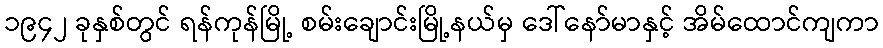
၁၉၄၂ ခုနှစ်တွင် ရန်ကုန်မြို့ စမ်းချောင်းမြို့နယ်မှ ဒေါ်နော်မာနှင့် အိမ်ထောင်ကျကာ